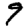
Digit: 9